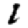
Digit: 1